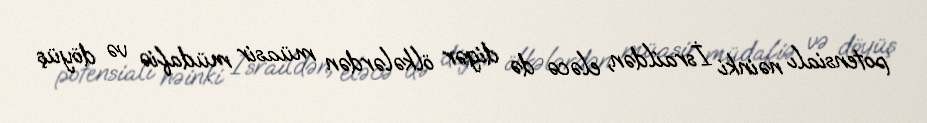
potensialı nəinki İsraildən, eləcə də digər ölkələrdən müasir müdafiə və döyüş